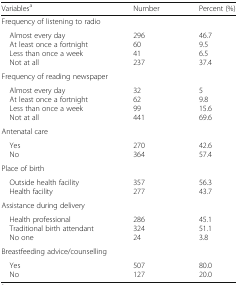
| Variablesa | Number | Percent (%) |
 | --- | --- | --- |
 | <COLSPAN=3> Frequency of listening to radio |
 | Almost every day At least once a fortnight Less than once a week Not at all | 2966041237 | 46.79.56.537.4 |
 | <COLSPAN=3> Frequency of reading newspaper |
 | Almost every day At least once a fortnight Less than once a week Not at all | 326299441 | 59.815.669.6 |
 | <COLSPAN=3> Antenatal care |
 | Yes No | 270364 | 42.657.4 |
 | <COLSPAN=3> Place of birth |
 | Outside health facility Health facility | 357277 | 56.343.7 |
 | <COLSPAN=3> Assistance during delivery |
 | Health professional Traditional birth attendant No one | 28632424 | 45.151.13.8 |
 | <COLSPAN=3> Breastfeeding advice/counselling |
 | Yes No | 507127 | 80.020.0 |